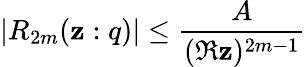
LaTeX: |R_{2m}(\mathbf{z}:q)|\leq\frac{{A}}{{(\Re\mathbf{z})^{2m-1}}}